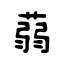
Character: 蒻